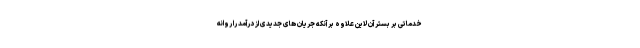
خدماتی بر بستر آن لاین علاوه بر آنکه جریان های جدیدی از درآمد را روانه